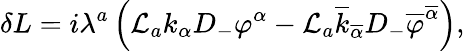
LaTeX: \delta L=i\lambda^{a}\left({\cal L}_{a}k_{\alpha}D_{-}\varphi^{\alpha}-{\cal L}_{a}\overline{{{k}}}_{\overline{{{\alpha}}}}D_{-}\overline{{{\varphi}}}^{\overline{{{\alpha}}}}\right),